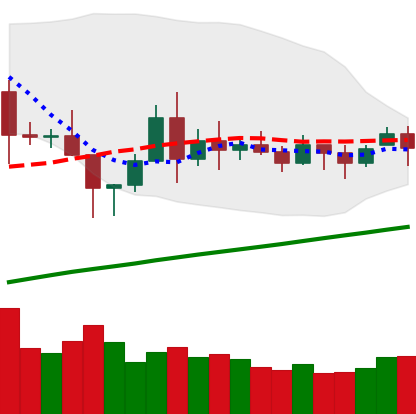
Ticker: BNB-USD
Chart end date: 2020-11-18
Forward return: 10.291%
Label: up_7plus